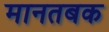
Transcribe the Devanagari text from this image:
मानतबक